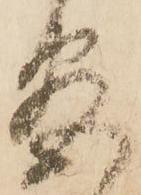
盡